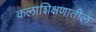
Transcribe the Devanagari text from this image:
कलाशिक्षणातील